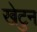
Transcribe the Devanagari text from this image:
खेटुन